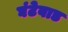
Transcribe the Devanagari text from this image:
घंटेवाड